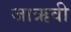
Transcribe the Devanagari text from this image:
जाऋवी